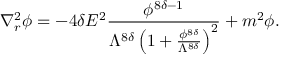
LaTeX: \nabla _ { r } ^ { 2 } \phi = - 4 \delta E ^ { 2 } \frac { \phi ^ { 8 \delta - 1 } } { \Lambda ^ { 8 \delta } \left( 1 + \frac { \phi ^ { 8 \delta } } { \Lambda ^ { 8 \delta } } \right) ^ { 2 } } + m ^ { 2 } \phi .